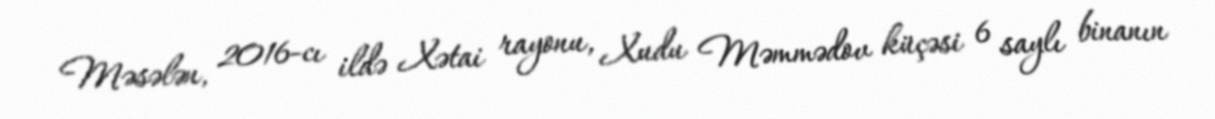
Məsələn, 2016-cı ildə Xətai rayonu, Xudu Məmmədov küçəsi 6 saylı binanın